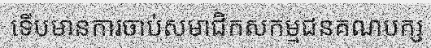
ទើបមានការចាប់សមាជិកសកម្មជនគណបក្ស